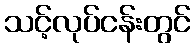
သင့်လုပ်ငန်းတွင်